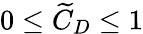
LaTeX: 0\le\widetilde{C}_{D}\le 1